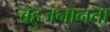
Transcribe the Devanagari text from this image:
बहुजनानता